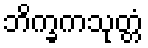
ဘိက္ခကသုတ္တံ